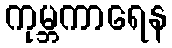
ကုမ္ဘကာရေန